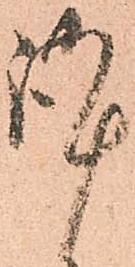
謹